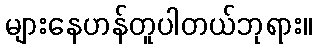
များနေဟန်တူပါတယ်ဘုရား။